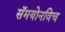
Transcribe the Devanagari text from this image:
सॅमयोनविच